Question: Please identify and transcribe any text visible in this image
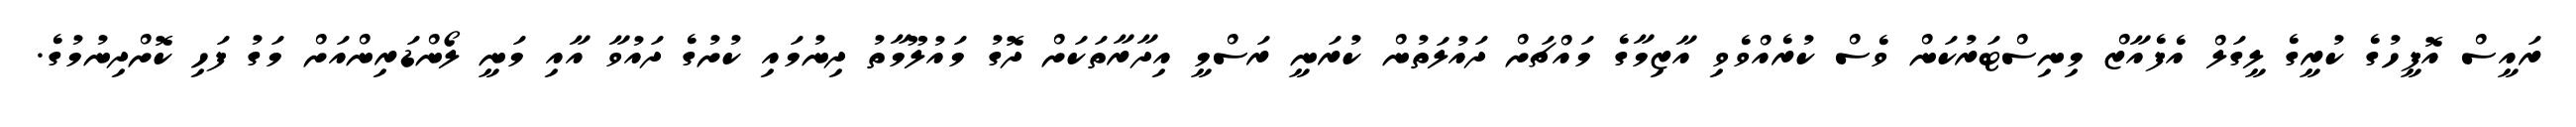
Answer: ރައީސް އޮފީހުގެ ކުރީގެ ލީގަލް އެފެއާޒް މިނިސްޓަރުކަން ވެސް ކުރެއްވެވި އާޒިމާގެ މައްޗަށް ދައުލަތުން ކުރަނީ ރަސްމީ އިދާރާތަކަށް ދޮގު މައުލޫމާތު ދިނުމައި ކުށުގެ ދައުވާ އާއި މަނީ ލޯންޑަރިންއަށް މަގު ފަހި ކޮށްދިނުމުގެ.